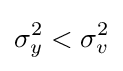
\sigma _{y}^{2}<\sigma _{v}^{2}